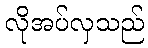
လိုအပ်လှသည်